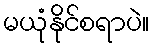
မယုံနိုင်စရာပဲ။